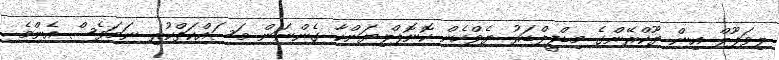
ލިވަޕޫލް އިން ޔޫކްރޭންގެ މިޑްފީލްޑަރު ޔެވްހެން ކޮނޮޕްލިޔަންކާ ގެންނަން މަސައްކަތްކުރި ނަމަވެސް އެންމެ